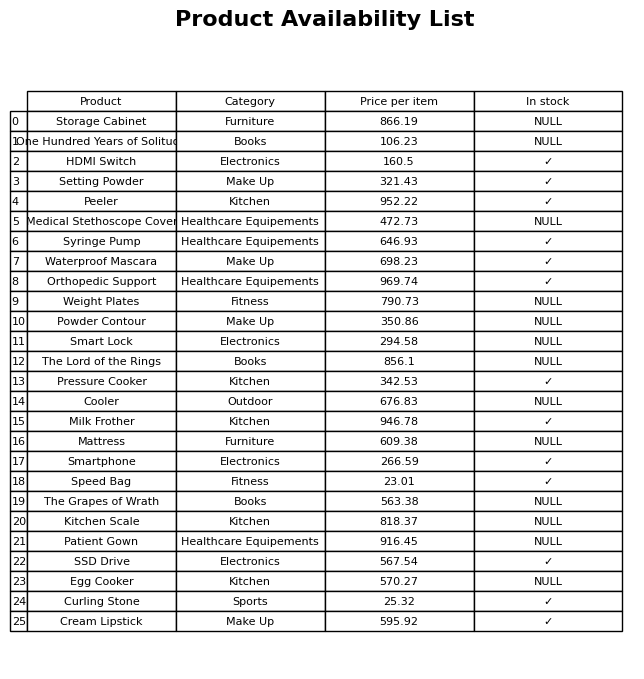
question: What is the price for Smart Lock?
answer: The price of Smart Lock is 294.58.